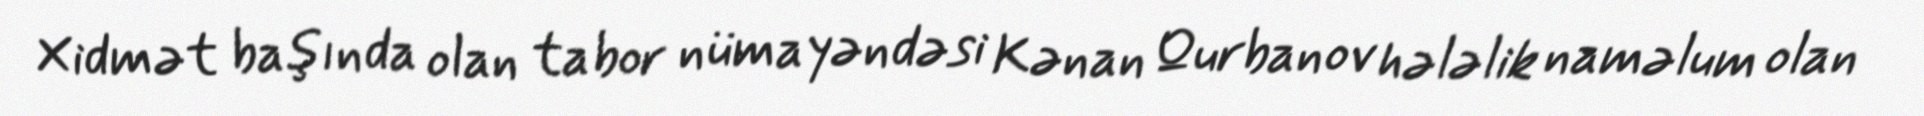
Xidmət başında olan tabor nümayəndəsi Kənan Qurbanov hələlik naməlum olan